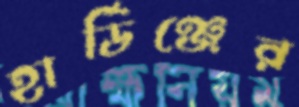
হার্ডিঞ্জের